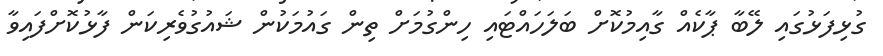
ގުޅިފަޅުގައި ލޭބާ ޕާކެއް ގާއިމުކޮށް ބަލަހައްޓައި ހިންގުމަށް ތިން ގައުމަކުން ޝައުގުވެރިކަން ފާޅުކޮށްފައިވާ